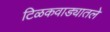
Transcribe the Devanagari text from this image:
टिळकवाड्यातले